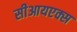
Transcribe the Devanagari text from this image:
सीआयएक्स